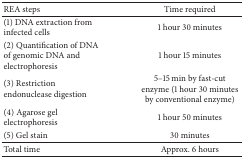
<table><thead><tr><td><b>REA steps</b></td><td><b>Time required</b></td></tr></thead><tbody><tr><td>(1) DNA extraction from infected cells</td><td>1 hour 30 minutes</td></tr><tr><td>(2) Quantification of DNA of genomic DNA and electrophoresis</td><td>1 hour 15 minutes</td></tr><tr><td>(3) Restriction endonuclease digestion</td><td>5–15 min by fast-cut enzyme (1 hour 30 minutes by conventional enzyme)</td></tr><tr><td>(4) Agarose gel electrophoresis</td><td>1 hour 50 minutes </td></tr><tr><td>(5) Gel stain</td><td>30 minutes</td></tr><tr><td>Total time</td><td> Approx. 6 hours</td></tr></tbody></table>